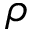
\rho